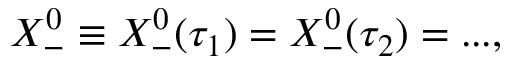
X _ { - } ^ { 0 } \equiv X _ { - } ^ { 0 } ( \tau _ { 1 } ) = X _ { - } ^ { 0 } ( \tau _ { 2 } ) = . . . ,